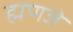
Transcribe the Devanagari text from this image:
ह्मणजे